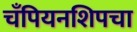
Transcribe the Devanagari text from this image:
चँपियनशिपचा